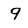
Character: 9